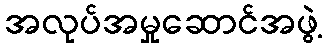
အလုပ်အမှုဆောင်အဖွဲ့